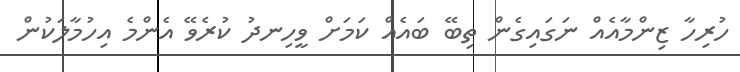
ހުރިހާ ޒިންމާއެއް ނަގައިގެން ތިބޭ ބައެއް ކަމަށް ވީހިނދު ކުރެވޭ އެންމެ އިހުމާލަކުން